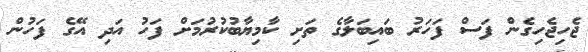
ޖެހިޖެހިގެން ފަސް ފަހަރު ބައިބަލާގެ ތަށި ކާމިޔާބުކުރުމަށް ފަހު އަދި އޭގެ ފަހުން